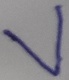
Text: V